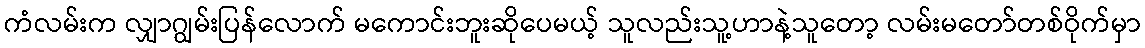
ကံလမ်းက လျှာဂျွမ်းပြန်လောက် မကောင်းဘူးဆိုပေမယ့် သူလည်းသူ့ဟာနဲ့သူတော့ လမ်းမတော်တစ်ဝိုက်မှာ